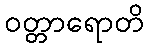
ဝတ္တာရောတိ